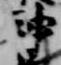
神